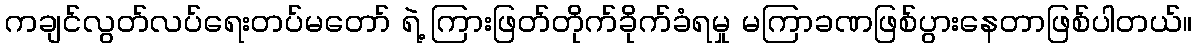
ကချင်လွတ်လပ်ရေးတပ်မတော် ရဲ့ ကြားဖြတ်တိုက်ခိုက်ခံရမှု မကြာခဏဖြစ်ပွားနေတာဖြစ်ပါတယ်။